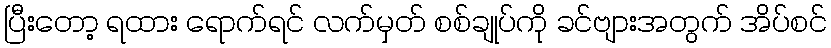
ပြီးတော့ ရထား ရောက်ရင် လက်မှတ် စစ်ချုပ်ကို ခင်ဗျားအတွက် အိပ်စင်